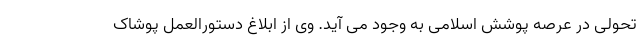
تحولی در عرصه پوشش اسلامی به وجود می آید. وی از ابلاغ دستورالعمل پوشاک